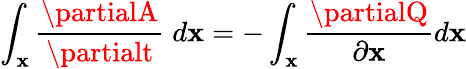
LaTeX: \int_{\mathbf{x}}{\frac{{\partialA}}{{\partialt}}}\; d\mathbf{x}=-\int_{\mathbf{x}}{\frac{{\partialQ}}{{\partial\mathbf{x}}}}d\mathbf{x}